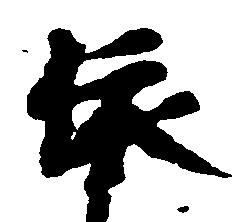
依